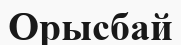
Орысбай